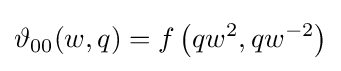
\vartheta _{00}(w,q)=f\left(qw^{2},qw^{-2}\right)